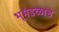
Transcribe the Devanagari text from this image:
भूमंडळाचे